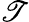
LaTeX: \cal\mathscr{T}